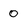
Character: 0